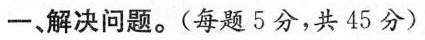
一、解决问题。(每题5分，共45分)